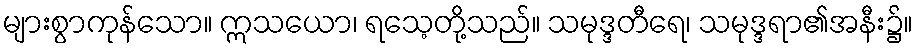
များစွာကုန်သော။ ဣသယော၊ ရသေ့တို့သည်။ သမုဒ္ဒတီရေ၊ သမုဒ္ဒရာ၏အနီး၌။